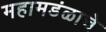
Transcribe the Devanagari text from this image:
महामडंळाचे